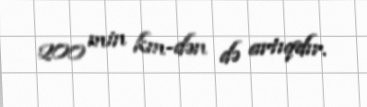
200 min km-dən də artıqdır.